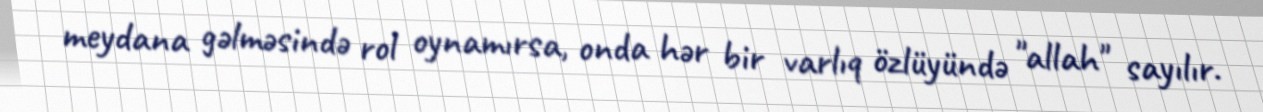
meydana gəlməsində rol oynamırsa, onda hər bir varlıq özlüyündə "allah" sayılır.